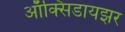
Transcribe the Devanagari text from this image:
ऑक्‍सिडायझर